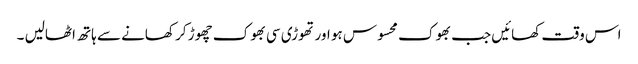
اس وقت کھائیں جب بھوک محسوس ہو اور تھوڑی سی بھوک چھوڑ کر کھانے سے ہاتھ اٹھالیں ۔